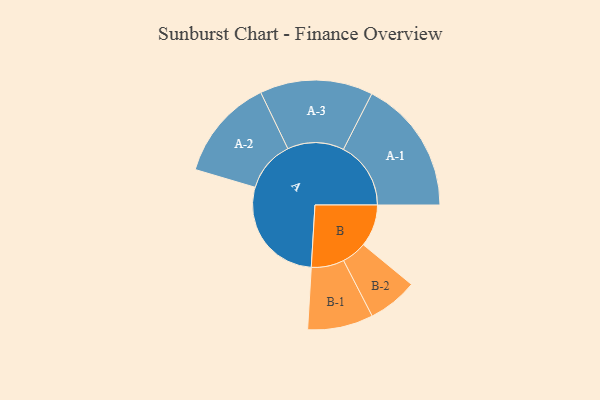
{"axis": {"x": "Segment", "y": "Value"}, "legend": ["", "A", "B"], "data": [{"x": "A", "y": 447, "type": ""}, {"x": "B", "y": 171, "type": ""}, {"x": "A-1", "y": 273, "type": "A"}, {"x": "A-2", "y": 207, "type": "A"}, {"x": "A-3", "y": 229, "type": "A"}, {"x": "B-1", "y": 133, "type": "B"}, {"x": "B-2", "y": 101, "type": "B"}]}